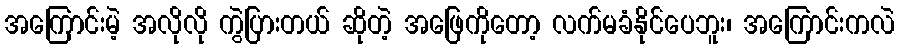
အကြောင်းမဲ့ အလိုလို ကွဲပြားတယ် ဆိုတဲ့ အဖြေကိုတော့ လက်မခံနိုင်ပေဘူး၊ အကြောင်းကလဲ